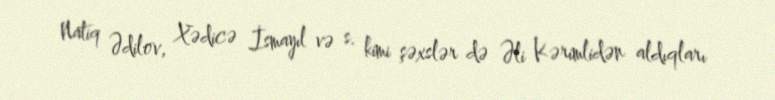
Natiq Ədilov, Xədicə İsmayıl və s. kimi şəxslər də Əli Kərimlidən aldıqları